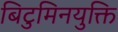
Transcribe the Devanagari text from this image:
बिटुमिनयुक्ति